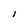
Character: l